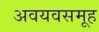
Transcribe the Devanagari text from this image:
अवयवसमूह